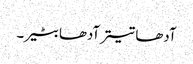
آدھا تیتر آدھا بٹیر۔